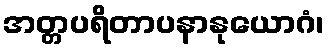
အတ္တပရိတာပနာနုယောဂံ၊